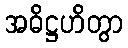
အဓိဋ္ဌဟိတွာ